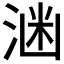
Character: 𪶕